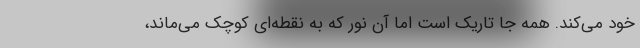
خود می‌کند. همه جا تاریک است اما آن نور که به نقطه‌ای کوچک می‌ماند،